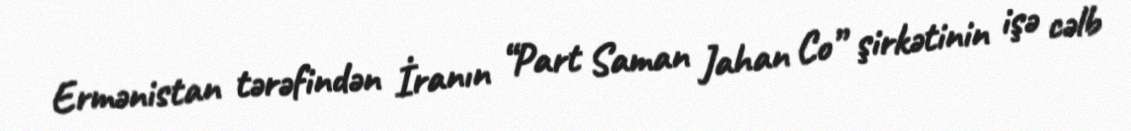
Ermənistan tərəfindən İranın “Part Saman Jahan Co” şirkətinin işə cəlb